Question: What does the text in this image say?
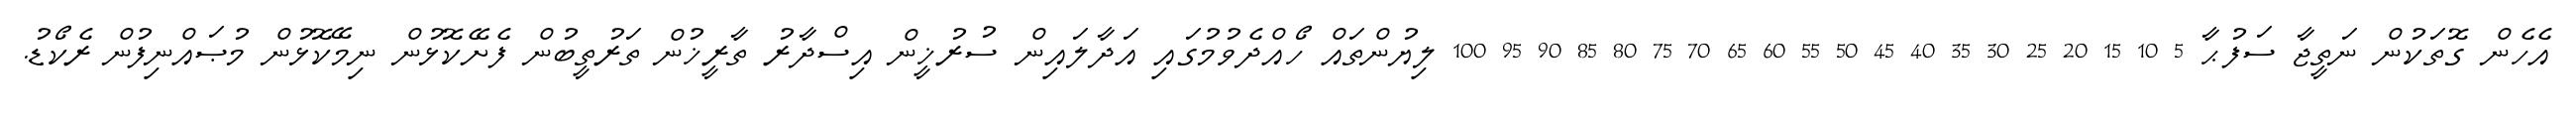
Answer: އެހެން ގޮތަކުން ނަތީޖާ ސަފުޙާ 5 10 15 20 25 30 35 40 45 50 55 60 65 70 75 80 85 90 95 100 ލިޔުންތައް ހޯއްދެވުމުގައި އަދާލައިން ސުރުޚީން އިސްދާރު ތާރީޚުން ތަރުތީބުން ފެށޭކޮޅުން ނިމޭކޮޅުން މުޞައްނިފުން ރެކޯޑު.